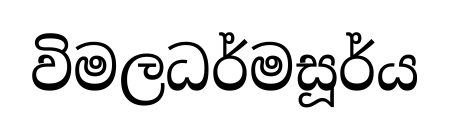
විමලධර්මසූර්ය